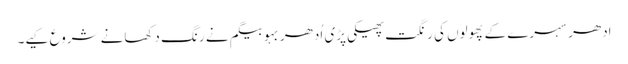
اِدھر سہرے کے پھولوں کی رنگت پھیکی پڑی اُدھر بہو بیگم نے رنگ دکھانے شروع کیے۔